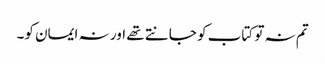
تم نہ تو کتاب کو جانتے تھے اور نہ ایمان کو۔